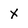
Character: x